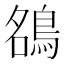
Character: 𮬶